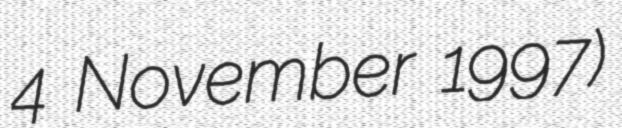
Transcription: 4 November 1997)